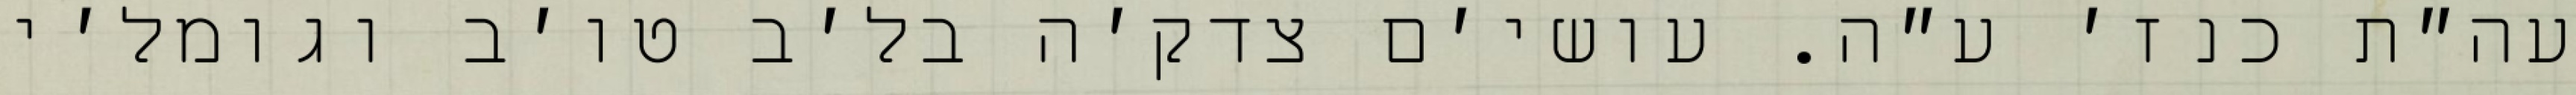
עה״ת כנז׳ ע״ה. עושי׳ם צדק׳ה בל׳ב טו׳ב וגומל׳י